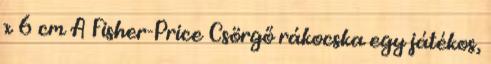
x 6 cm A Fisher-Price Csörgő rákocska egy játékos,